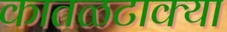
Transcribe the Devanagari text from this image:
कातळटाक्या